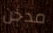
مدخن